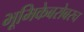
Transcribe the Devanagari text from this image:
भूमिकेबरोबरच